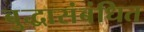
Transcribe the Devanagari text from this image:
बुद्धासंबंधित